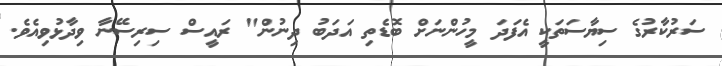
ސަރުކާރުގެ ސިޔާސަތަކީ އެފަދަ މީހުންނަށް ބޮޑެތި އަދަބު ދިނުން" ރައީސް ސިރިސޭނާ ވިދާޅުވިއެވެ.